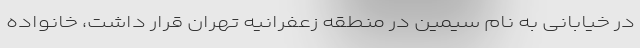
در خیابانی به نام سیمین در منطقه زعفرانیه تهران قرار داشت، خانواده